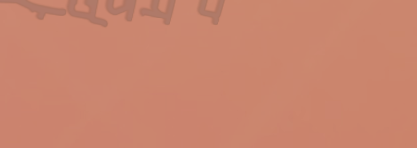
مطعم السعادة: أشهى الأطبا